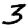
Digit: 3